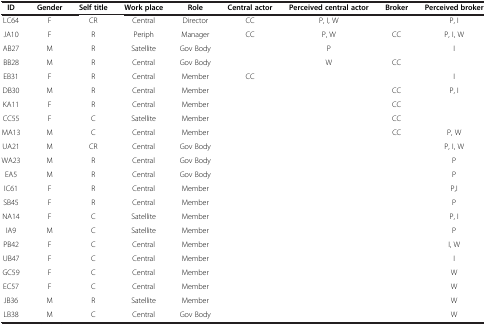
<table><thead><tr><td><b>ID</b></td><td><b>Gender</b></td><td><b>Self title</b></td><td><b>Work place</b></td><td><b>Role</b></td><td><b>Central actor</b></td><td><b>Perceived central actor</b></td><td><b>Broker</b></td><td><b>Perceived broker</b></td></tr></thead><tbody><tr><td>LC64</td><td>F</td><td>CR</td><td>Central</td><td>Director</td><td>CC</td><td>P, I, W</td><td> </td><td>P, I</td></tr><tr><td>JA10</td><td>F</td><td>R</td><td>Periph</td><td>Manager</td><td>CC</td><td>P, W</td><td>CC</td><td>P, I, W</td></tr><tr><td>AB27</td><td>M</td><td>R</td><td>Satellite</td><td>Gov Body</td><td> </td><td>P</td><td> </td><td>I</td></tr><tr><td>BB28</td><td>M</td><td>R</td><td>Central</td><td>Gov Body</td><td> </td><td>W</td><td>CC</td><td> </td></tr><tr><td>EB31</td><td>F</td><td>R</td><td>Central</td><td>Member</td><td>CC</td><td> </td><td> </td><td>I</td></tr><tr><td>DB30</td><td>M</td><td>R</td><td>Central</td><td>Member</td><td> </td><td> </td><td>CC</td><td>P, I</td></tr><tr><td>KA11</td><td>F</td><td>R</td><td>Central</td><td>Member</td><td> </td><td> </td><td>CC</td><td> </td></tr><tr><td>CC55</td><td>F</td><td>C</td><td>Satellite</td><td>Member</td><td> </td><td> </td><td>CC</td><td> </td></tr><tr><td>MA13</td><td>M</td><td>C</td><td>Central</td><td>Member</td><td> </td><td> </td><td>CC</td><td>P, W</td></tr><tr><td>UA21</td><td>M</td><td>CR</td><td>Central</td><td>Gov Body</td><td> </td><td> </td><td> </td><td>P, I, W</td></tr><tr><td>WA23</td><td>M</td><td>R</td><td>Central</td><td>Gov Body</td><td> </td><td> </td><td> </td><td>P</td></tr><tr><td>EA5</td><td>M</td><td>R</td><td>Central</td><td>Gov Body</td><td> </td><td> </td><td> </td><td>P</td></tr><tr><td>IC61</td><td>F</td><td>R</td><td>Central</td><td>Member</td><td> </td><td> </td><td> </td><td>P,I</td></tr><tr><td>SB45</td><td>F</td><td>R</td><td>Central</td><td>Member</td><td> </td><td> </td><td> </td><td>P</td></tr><tr><td>NA14</td><td>F</td><td>C</td><td>Satellite</td><td>Member</td><td> </td><td> </td><td> </td><td>P, I</td></tr><tr><td>IA9</td><td>M</td><td>C</td><td>Satellite</td><td>Member</td><td> </td><td> </td><td> </td><td>P</td></tr><tr><td>PB42</td><td>F</td><td>C</td><td>Central</td><td>Member</td><td> </td><td> </td><td> </td><td>I, W</td></tr><tr><td>UB47</td><td>F</td><td>C</td><td>Central</td><td>Member</td><td> </td><td> </td><td> </td><td>I</td></tr><tr><td>GC59</td><td>F</td><td>C</td><td>Central</td><td>Member</td><td> </td><td> </td><td> </td><td>W</td></tr><tr><td>EC57</td><td>F</td><td>C</td><td>Central</td><td>Member</td><td> </td><td> </td><td> </td><td>W</td></tr><tr><td>JB36</td><td>M</td><td>R</td><td>Satellite</td><td>Member</td><td> </td><td> </td><td> </td><td>W</td></tr><tr><td>LB38</td><td>M</td><td>C</td><td>Central</td><td>Gov Body</td><td> </td><td> </td><td> </td><td>W</td></tr></tbody></table>